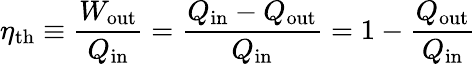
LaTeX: \eta_{\mathrm{{th}}}\equiv{\frac{W_{\mathrm{{out}}}}{Q_{\mathrm{{in}}}}}={\frac{{Q_{\mathrm{{in}}}}-Q_{\mathrm{{out}}}}{Q_{\mathrm{{in}}}}}=1-{\frac{Q_{\mathrm{{out}}}}{Q_{\mathrm{{in}}}}}